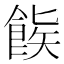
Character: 𬲒